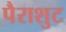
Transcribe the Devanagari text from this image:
पैराशुट